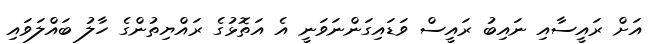
އަށް ރައީސާއި ނައިބު ރައީސް ވަޑައިގަންނަވަނީ އެ އަތޮޅުގެ ރައްޔިތުންގެ ހާލު ބައްލަވައި